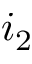
i _ { 2 }